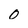
Character: 0